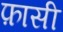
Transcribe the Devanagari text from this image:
फ़ासी